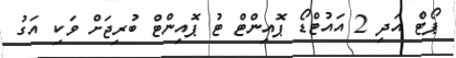
ޕޯޓް އަދި 2 އައުޓްޑޯ ޕޮއިންޓް ޓު ޕޮއިންޓް ބުރިޖަށް ވަކި އަގު